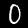
Label: 0